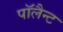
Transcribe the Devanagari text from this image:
पॉलैन्ट